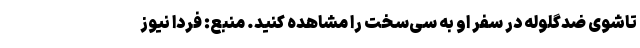
تاشوی ضدگلوله در سفر او به سی‌سخت را مشاهده کنید. منبع: فردا نیوز